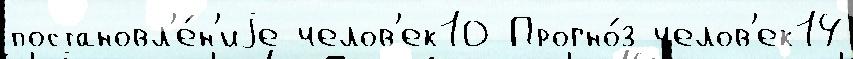
постановл'е́н'иjе челов'ек10 Прогно́з челов'ек14